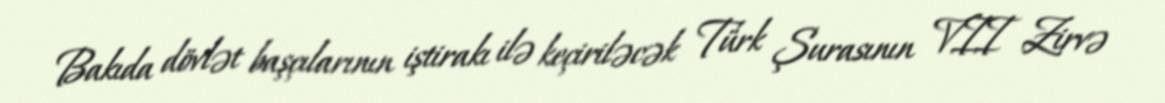
Bakıda dövlət başçılarının iştirakı ilə keçiriləcək Türk Şurasının VII Zirvə